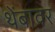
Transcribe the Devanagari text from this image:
थेंबावर